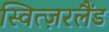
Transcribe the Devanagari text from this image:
स्वित्ज़रलैंड